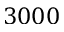
3 0 0 0